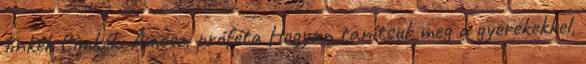
linkek Címkék: Ámósz, próféta Hogyan tanítsuk meg a gyerekekkel,